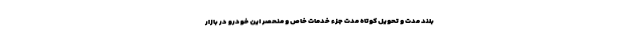
بلند مدت و تحویل کوتاه مدت جزء خدمات خاص و منحصر این خودرو در بازار